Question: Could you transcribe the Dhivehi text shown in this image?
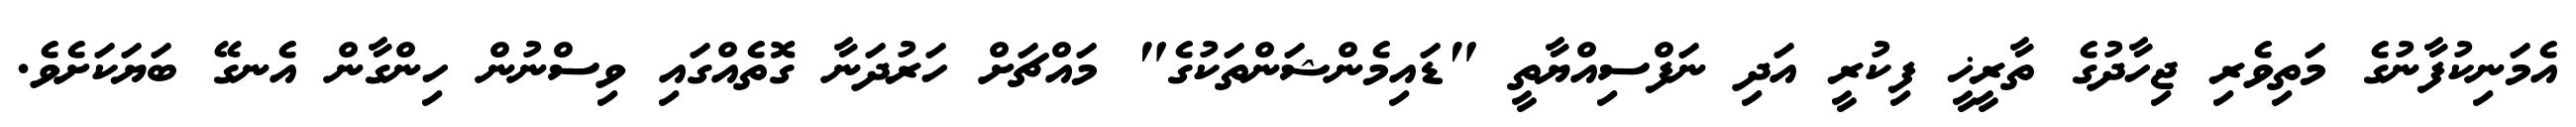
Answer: އެމަނިކުފާނުގެ މަތިވެރި ޖިހާދުގެ ތާރީޚީ ފިކުރީ އަދި ނަފްސިއްޔާތީ "ޑައިމެންޝަންތަކުގެ" މައްޗަށް ހަރުދަނާ ގޮތެއްގައި ވިސްނުން ހިންގާން އެނގޭ ބަޔަކަށެވެ.